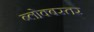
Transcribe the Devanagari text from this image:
ब्लोक्बस्तर